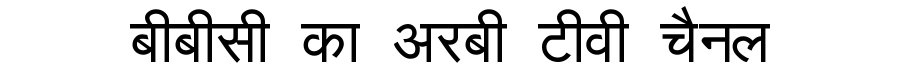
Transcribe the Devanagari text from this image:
बीबीसी का अरबी टीवी चैनल